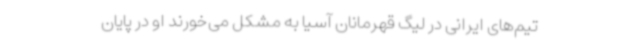
تیم‌های ایرانی در لیگ قهرمانان آسیا به مشکل می‌خورند او در پایان